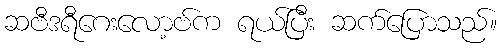
ဆဗီဒရီဂေးလော့ဗ်က ရယ်ပြီး ဆက်ပြောသည်။